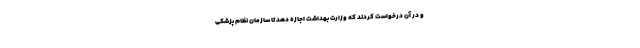
و در آن درخواست کردند که وزارت بهداشت اجازه دهد تا سازمان نظام پزشکی